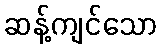
ဆန့်ကျင်သော